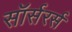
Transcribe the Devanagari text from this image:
सॉर्सरर्स